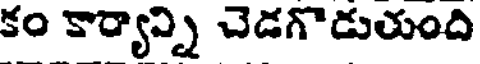
కం కార్యాన్ని చెడగొడుతుంది